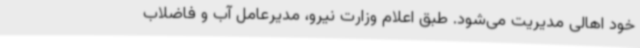
خود اهالی مدیریت می‌شود. طبق اعلام وزارت نیرو، مدیرعامل آب و فاضلاب